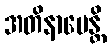
အတိနာမေန္တိ